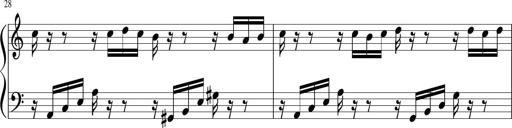
Title: Sonatina di Santa Gemma, JKB 12
Composer: Jason Baruk
Key: F major